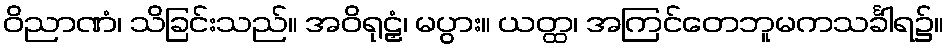
ဝိညာဏံ၊ သိခြင်းသည်။ အဝိရုဠှံ၊ မပွား။ ယတ္ထ၊ အကြင်တေဘူမကသင်္ခါရ၌။